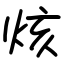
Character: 烗